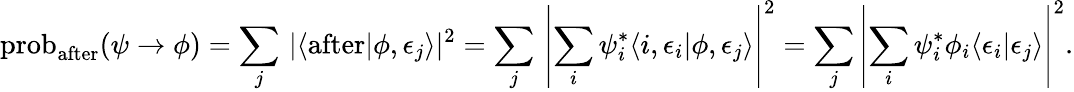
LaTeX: \operatorname{prob}_{\mathrm{after}}(\psi\to\phi)=\sum_{j}\, \left|\langle{\mathrm{after}}\right|\phi,\epsilon_{j}\rangle|^{2}=\sum_{j}\, \left|\sum_{i}\psi_{i}^{*}\langle i,\epsilon_{i}|\phi,\epsilon_{j}\rangle\right|^{2}=\sum_{j}\left|\sum_{i}\psi_{i}^{*}\phi_{i}\langle\epsilon_{i}|\epsilon_{j}\rangle\right|^{2}.